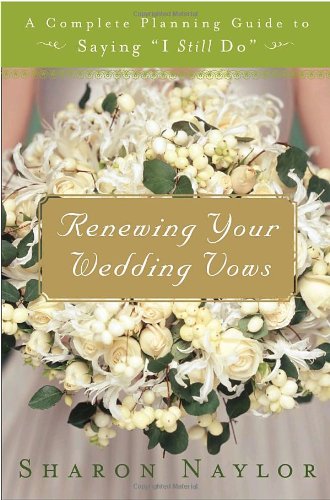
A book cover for Renewing Your Wedding Vows: A Complete Planning Guide to Saying "I Still Do"; Sharon Naylor; Crafts, Hobbies & Home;